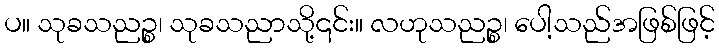
ပ။ သုခသညဉ္စ၊ သုခသညာသို့၎င်း။ လဟုသညဉ္စ၊ ပေါ့သည်အဖြစ်ဖြင့်